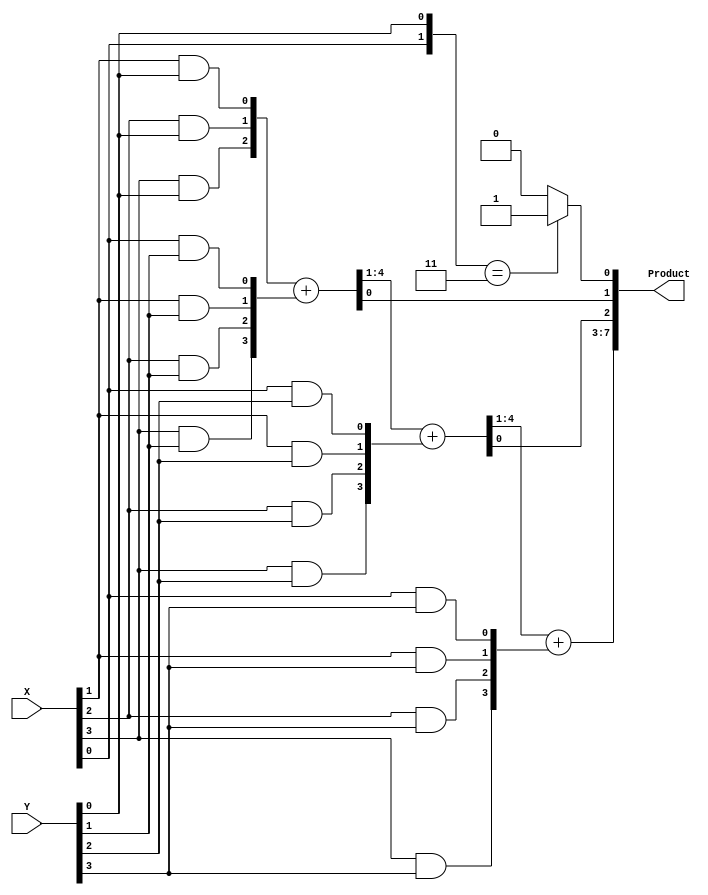
module Lab2_4_bit_multiplier_op(output reg[7:0]Product, 
                                input [3:0]X,
                                input [3:0]Y);
    
    reg [2:0]cout;
    reg [3:0]sum1; 
    reg [3:0]sum2; 
    reg [3:0]tmp1;
    reg [3:0]tmp2;
    reg [3:0]tmp3;
    reg [3:0]tmp4; 

    //Product[0]
    always @(*)
    if ({X[0],Y[0]}==2'b11)Product[0] = 1;
    else Product[0] = 0;


    always @(*)
    begin
    
    tmp1={1'b0 , X[3]&Y[0] , X[2]&Y[0] , X[1]&Y[0]};
    tmp2={X[3]&Y[1] , X[2]&Y[1] , X[1]&Y[1] , X[0]&Y[1]};
    tmp3={X[3]&Y[2] , X[2]&Y[2] , X[1]&Y[2] , X[0]&Y[2]};   
    tmp4={X[3]&Y[3] , X[2]&Y[3] , X[1]&Y[3] , X[0]&Y[3]};

    {cout[0], sum1} = tmp1 + tmp2;
    {cout[1], sum2} = {cout[0] , sum1[3:1]} + tmp3;
    Product[7:3]= {cout[1] , sum2[3:1]} + tmp4;

    Product[1]= sum1[0];
    Product[2]= sum2[0];
    end

endmodule